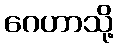
ဂေဟာသို့